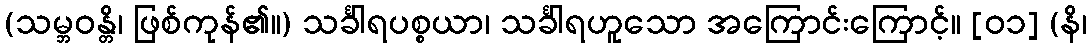
(သမ္ဘဝန္တိ၊ ဖြစ်ကုန်၏။) သင်္ခါရပစ္စယာ၊ သင်္ခါရဟူသော အကြောင်းကြောင့်။ [၀၁] (နိ၊